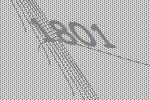
1801